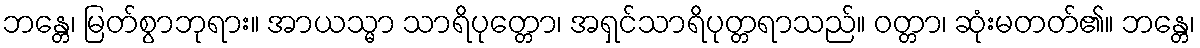
ဘန္တေ၊ မြတ်စွာဘုရား။ အာယသ္မာ သာရိပုတ္တော၊ အရှင်သာရိပုတ္တရာသည်။ ဝတ္တာ၊ ဆုံးမတတ်၏။ ဘန္တေ၊